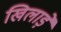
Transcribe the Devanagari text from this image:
खिलाड़े